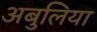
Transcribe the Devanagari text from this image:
अबुलिया